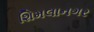
શિમલાનગર